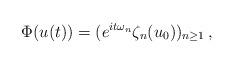
LaTeX: \begin{align*}\Phi(u(t)) = ( e^{it \omega_n} \zeta_n(u_0))_{n \ge 1} \, , \end{align*}